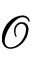
\mathscr { O }